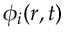
\phi _ { i } ( \boldsymbol { r } , t )